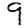
Digit: 9